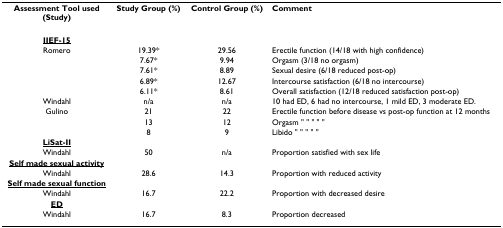
<table><thead><tr><td><b>Assessment Tool used(Study)</b></td><td><b>Study Group (%)</b></td><td><b>Control Group (%)</b></td><td><b>Comment</b></td></tr></thead><tbody><tr><td><b><underline>IIEF-15</underline></b></td><td></td><td></td><td></td></tr><tr><td>Romero</td><td>19.39*</td><td>29.56</td><td>Erectile function (14/18 with high confidence)</td></tr><tr><td></td><td>7.67*</td><td>9.94</td><td>Orgasm (3/18 no orgasm)</td></tr><tr><td></td><td>7.61*</td><td>8.89</td><td>Sexual desire (6/18 reduced post-op)</td></tr><tr><td></td><td>6.89*</td><td>12.67</td><td>Intercourse satisfaction (6/18 no intercourse)</td></tr><tr><td></td><td>6.11*</td><td>8.61</td><td>Overall satisfaction (12/18 reduced satisfaction post-op)</td></tr><tr><td>Windahl</td><td>n/a</td><td>n/a</td><td>10 had ED, 6 had no intercourse, 1 mild ED, 3 moderate ED.</td></tr><tr><td>Gulino</td><td>21</td><td>22</td><td>Erectile function before disease vs post-op function at 12 months</td></tr><tr><td></td><td>13</td><td>12</td><td>Orgasm &quot; &quot; &quot; &quot; &quot;</td></tr><tr><td></td><td>8</td><td>9</td><td>Libido &quot; &quot; &quot; &quot; &quot;</td></tr><tr><td><b><underline>LiSat-II</underline></b></td><td></td><td></td><td></td></tr><tr><td>Windahl</td><td>50</td><td>n/a</td><td>Proportion satisfied with sex life</td></tr><tr><td><b><underline>Self made sexual activity</underline></b></td><td></td><td></td><td></td></tr><tr><td>Windahl</td><td>28.6</td><td>14.3</td><td>Proportion with reduced activity</td></tr><tr><td><b><underline>Self made sexual function</underline></b></td><td></td><td></td><td></td></tr><tr><td>Windahl</td><td>16.7</td><td>22.2</td><td>Proportion with decreased desire</td></tr><tr><td><b><underline>ED</underline></b></td><td></td><td></td><td></td></tr><tr><td>Windahl</td><td>16.7</td><td>8.3</td><td>Proportion decreased</td></tr></tbody></table>